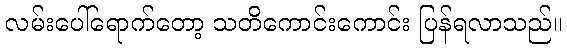
လမ်းပေါ်ရောက်တော့ သတိကောင်းကောင်း ပြန်ရလာသည်။